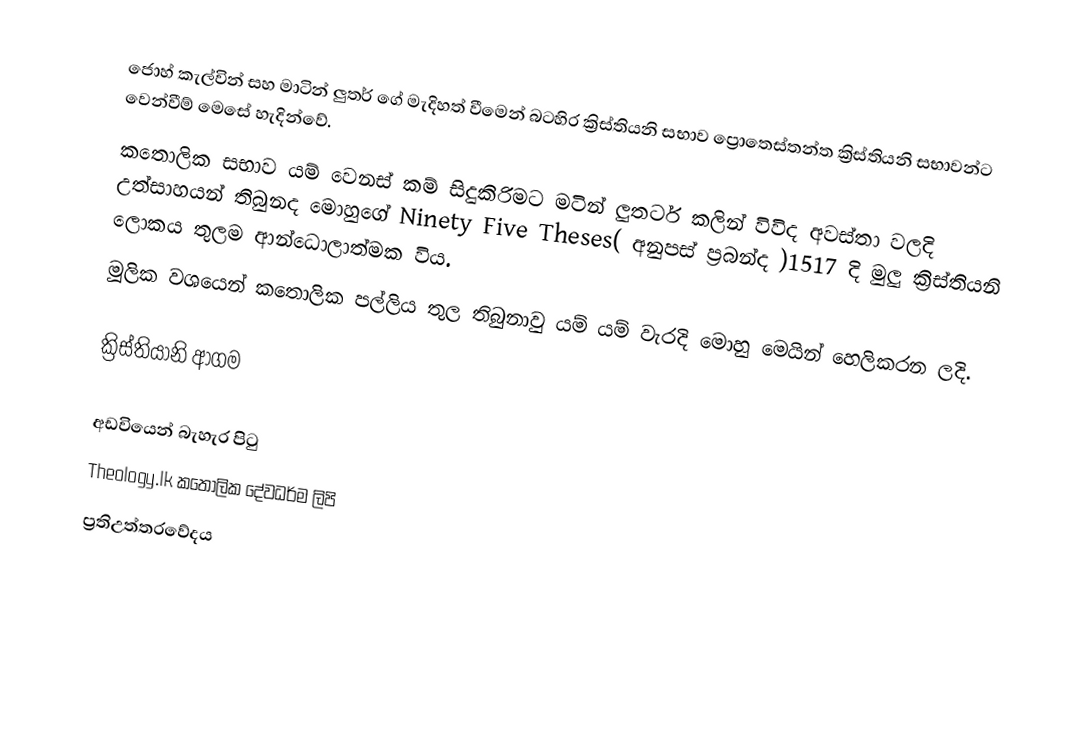
ජොහ් කැල්වින් සහ මාටින් ලුතර් ගේ මැදිහත් වීමෙන් බටහිර ක්‍රිස්තියනි සභාව ප්‍රොතෙස්තන්ත ක්‍රිස්තියනි සභාවන්ට වෙන්වීම් මෙසේ හැදින්වේ.
කතොලික සභාව යම් වෙනස් කම් සිදුකිරිමට මටින් ලුතර්ට කලින් විවිද අවස්තා වලදි උත්සාහයන් තිබුනද මොහුගේ Ninety Five Theses( අනුපස් ප්‍රබන්ද )1517 දි මුලු ක්‍රිස්තියනි ලොකය තුලම ආන්ධොලාත්මක විය.
මූලික වශයෙන් කතොලික පල්ලිය තුල තිබුනාවු යම් යම් වැරදි මොහු මෙයින් හෙලිකරන ලදි.

ක්‍රිස්තියානි ආගම

අඩවියෙන් බැහැර පිටු
 Theology.lk කතෝලික දේවධර්ම ලිපි
 ප්‍රතිඋත්තරවේදය